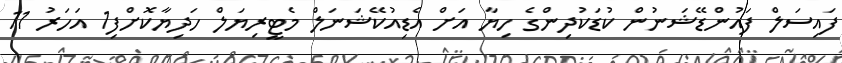
ފައިސަލް ފައުންޑޭޝަނުން ކުޑަކުދިންގެ ހިޔާ އަށް އެޑިއުކޭޝަނަލް މެޓީރިޔަލް ހަދިޔާކޮށްފި1 އަހަރު 11